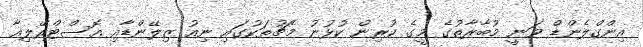
އިންގްލެންޑް ވަނީ މުބާރާތުގެ މީގެ ކުރިން ކުޅުނު މެޗުތަކުގައި ނިއު ޒިލޭންޑާއި އޮސްޓްރޭލިއާ